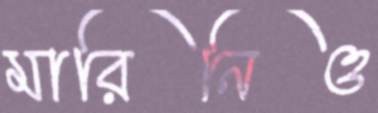
মারিনিও